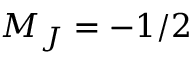
M _ { J } = - 1 / 2